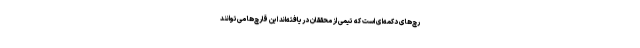
رچ‌های دکمه‌ای است که تیمی از محققان دریافته‌اند این قارچ‌ها می‌توانند